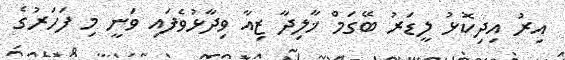
އިރު އިދިކޮޅު ލީޑަރު ބޭގަމް ޚާލިދާ ޒިއާ ވިދާޅުވެފައި ވަނީ މި ފަހަރުގެ